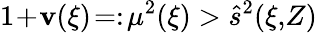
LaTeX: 1\! +\! \mathbf{v}(\xi)\! =:\! \mu^{2}(\xi)>\hat{{s}}^{2}(\xi,\! Z)